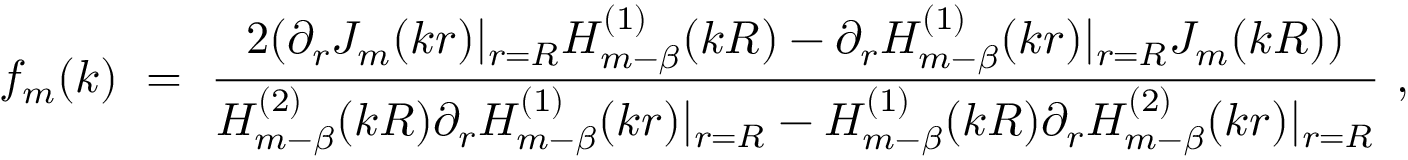
f _ { m } ( k ) \ = \ \frac { 2 ( \partial _ { r } J _ { m } ( k r ) | _ { r = R } H _ { m - \beta } ^ { ( 1 ) } ( k R ) - \partial _ { r } H _ { m - \beta } ^ { ( 1 ) } ( k r ) | _ { r = R } J _ { m } ( k R ) ) } { H _ { m - \beta } ^ { ( 2 ) } ( k R ) \partial _ { r } H _ { m - \beta } ^ { ( 1 ) } ( k r ) | _ { r = R } - H _ { m - \beta } ^ { ( 1 ) } ( k R ) \partial _ { r } H _ { m - \beta } ^ { ( 2 ) } ( k r ) | _ { r = R } } \ ,